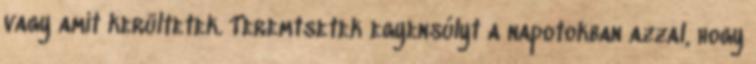
vagy amit kerültetek. Teremtsetek egyensúlyt a napotokban azzal, hogy